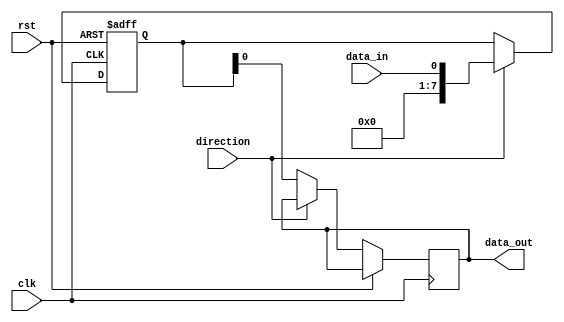
module bidirectional_buffer (
    input wire clk,
    input wire rst,
    input wire data_in,
    input wire direction,
    output wire data_out
);

reg [7:0] buffer;

always @(posedge clk or posedge rst) begin
    if (rst) begin
        buffer <= 8'b0;
    end else begin
        if (direction) begin // Direction control
            buffer <= data_in;
        end else begin
            data_out <= buffer;
        end
    end
end

endmodule